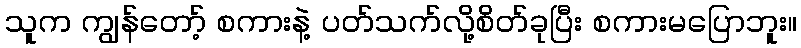
သူက ကျွန်တော့် စကားနဲ့ ပတ်သက်လို့စိတ်ခုပြီး စကားမပြောဘူး။